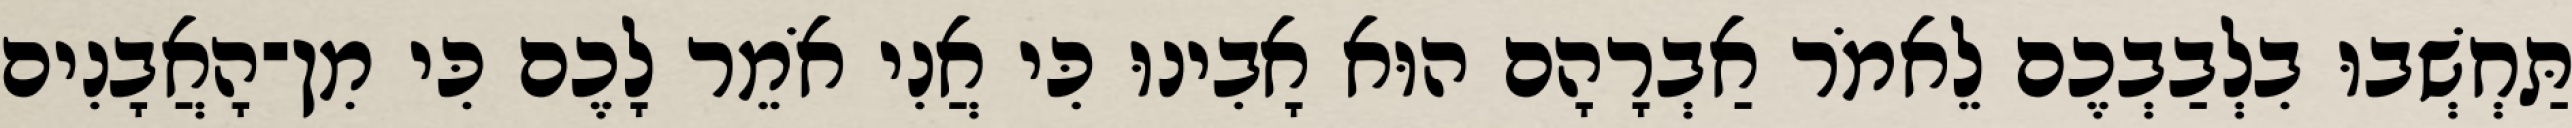
תַּחְשְׁבוּ בִלְבַבְכֶם לֵאמֹר אַבְרָהָם הוּא אָבִינוּ כִּי אֲנִי אֹמֵר לָכֶם כִּי מִן־הָאֲבָנִים